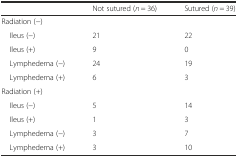
<table><thead><tr><td></td><td><b>Not sutured (<i>n</i> = 36)</b></td><td><b>Sutured (<i>n</i> = 39)</b></td></tr></thead><tbody><tr><td>Radiation (−)</td><td></td><td></td></tr><tr><td> Ileus (−)</td><td>21</td><td>22</td></tr><tr><td> Ileus (+)</td><td>9</td><td>0</td></tr><tr><td> Lymphedema (−)</td><td>24</td><td>19</td></tr><tr><td> Lymphedema (+)</td><td>6</td><td>3</td></tr><tr><td>Radiation (+)</td><td></td><td></td></tr><tr><td> Ileus (−)</td><td>5</td><td>14</td></tr><tr><td> Ileus (+)</td><td>1</td><td>3</td></tr><tr><td> Lymphedema (−)</td><td>3</td><td>7</td></tr><tr><td> Lymphedema (+)</td><td>3</td><td>10</td></tr></tbody></table>